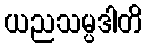
ယညသမ္ပဒါတိ